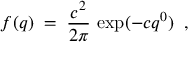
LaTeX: f ( q ) \; = \; \frac { c ^ { 2 } } { 2 \pi } \, \exp ( - c q ^ { 0 } ) \; \; ,